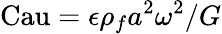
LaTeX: \mathrm{Cau}=\epsilon\rho_{f}a^{2}\omega^{2}/G